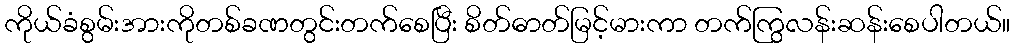
ကိုယ်ခံစွမ်းအားကိုတစ်ခဏတွင်းတက်စေပြီး စိတ်ဓာတ်မြင့်မားကာ တက်ကြွလန်းဆန်းစေပါတယ်။